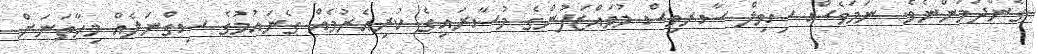
ގެންދަމުންނެވެ. ނަމަވެސް ސިވިލް ސާރވިސް މުވައްޒަފުންގެ މުސާރައިގެ ކުރިއެރުމެއް ގެނައުމުގެ ސިގްނަލެއް މިހާތަނަށް